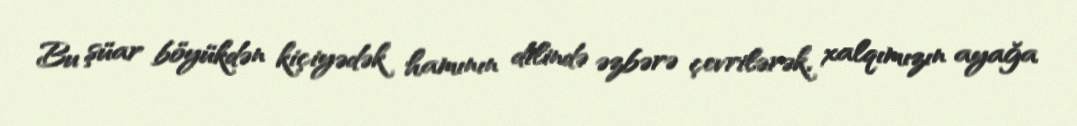
Bu şüar böyükdən kiçiyədək hamının dilində əzbərə çevrilərək, xalqımızın ayağa